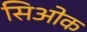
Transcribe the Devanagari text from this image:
सिओक